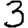
Digit: 3